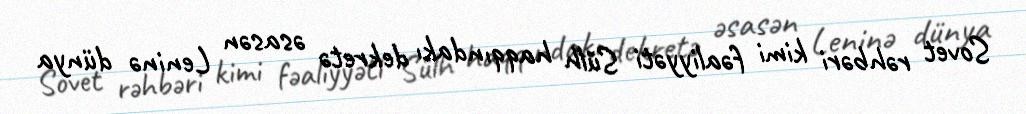
Sovet rəhbəri kimi fəaliyyəti Sülh haqqındakı dekretə əsasən Leninə dünya